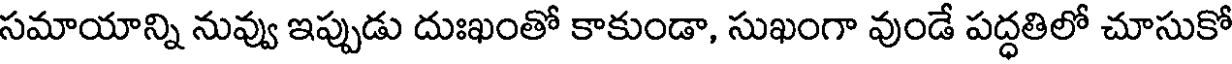
సమాయాన్ని నువ్వు ఇప్పుడు దుఃఖంతో కాకుండా, సుఖంగా వుండే పద్ధతిలో చూసుకో